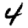
Digit: 4